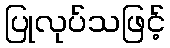
ပြုလုပ်သဖြင့်